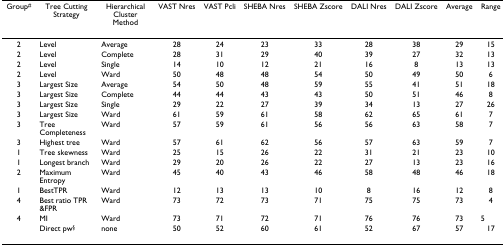
| Group# | Tree Cutting Strategy | Hierarchical Cluster Method | VAST Nres | VAST Pcli | SHEBA Nres | SHEBA Zscore | DALI Nres | DALI Zscore | Average | Range |
 | --- | --- | --- | --- | --- | --- | --- | --- | --- | --- | --- |
 | 2 | Level | Average | 28 | 24 | 23 | 33 | 28 | 38 | 29 | 15 |
 | 2 | Level | Complete | 28 | 31 | 29 | 40 | 39 | 27 | 32 | 13 |
 | 2 | Level | Single | 14 | 10 | 12 | 21 | 16 | 8 | 13 | 13 |
 | 2 | Level | Ward | 50 | 48 | 48 | 54 | 50 | 49 | 50 | 6 |
 | 3 | Largest Size | Average | 54 | 50 | 48 | 59 | 55 | 41 | 51 | 18 |
 | 3 | Largest Size | Complete | 44 | 44 | 43 | 43 | 50 | 51 | 46 | 8 |
 | 3 | Largest Size | Single | 29 | 22 | 27 | 39 | 34 | 13 | 27 | 26 |
 | 3 | Largest Size | Ward | 61 | 59 | 61 | 58 | 62 | 65 | 61 | 7 |
 | 3 | Tree Completeness | Ward | 57 | 59 | 61 | 56 | 56 | 63 | 58 | 7 |
 | 3 | Highest tree | Ward | 57 | 61 | 62 | 56 | 57 | 63 | 59 | 7 |
 | 1 | Tree skewness | Ward | 25 | 15 | 26 | 22 | 31 | 21 | 23 | 10 |
 | 1 | Longest branch | Ward | 29 | 20 | 26 | 22 | 27 | 13 | 23 | 16 |
 | 2 | Maximum Entropy | Ward | 45 | 40 | 43 | 46 | 58 | 48 | 46 | 18 |
 | 1 | BestTPR | Ward | 12 | 13 | 13 | 10 | 8 | 16 | 12 | 8 |
 | 4 | Best ratio TPR &FPR | Ward | 73 | 72 | 73 | 71 | 75 | 75 | 73 | 4 |
 | 4 | MI | Ward | 73 | 71 | 72 | 71 | 76 | 76 | 73 | 5 |
 |  | Direct pw§ | none | 50 | 52 | 60 | 61 | 52 | 67 | 57 | 17 |